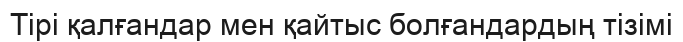
Тірі қалғандар мен қайтыс болғандардың тізімі